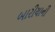
બારીયાની